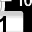
Digit: 1